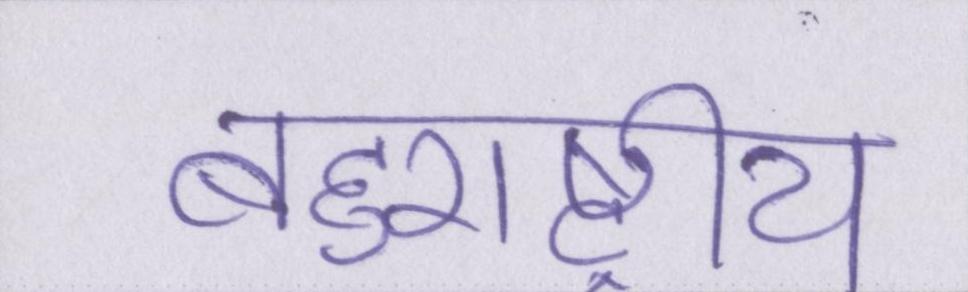
बहुराष्ट्रीय